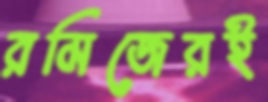
রমিজেরই